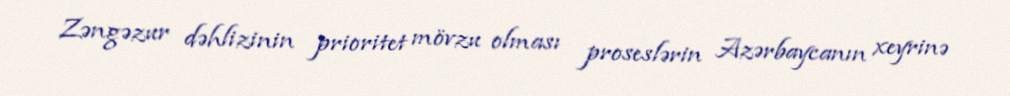
Zəngəzur dəhlizinin prioritet mövzu olması proseslərin Azərbaycanın xeyrinə